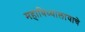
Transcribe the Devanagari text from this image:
महाविध्यालायाचे